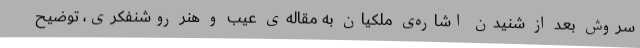
سروش بعد از شنیدن اشاره‌ی ملکیان به مقاله‌ی عیب و هنر روشنفکری، توضیح